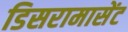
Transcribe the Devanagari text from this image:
डिसरामासेंट